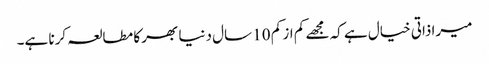
میرا ذاتی خیال ہے کہ مجھے کم از کم 10 سال دنیا بھر کا مطالعہ کرنا ہے۔